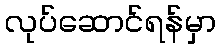
လုပ်ဆောင်ရန်မှာ